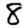
Digit: 8